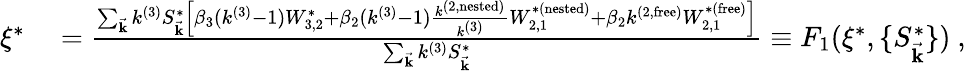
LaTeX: \begin{array}{rl}{\xi^{*}}&{{}=\frac{\sum_{\vec{\mathbf{k}}}k^{(3)}S_{\vec{\mathbf{k}}}^{*}\left[\beta_{3}(k^{(3)}-1)W_{3,2}^{*}+\beta_{2}(k^{(3)}-1)\frac{k^{(2,\mathrm{nested})}}{k^{(3)}}W_{2,1}^{*(\mathrm{nested})}+\beta_{2}k^{(2,\mathrm{free})}W_{2,1}^{*(\mathrm{free})}\right]}{\sum_{\vec{\mathbf{k}}}k^{(3)}S_{\vec{\mathbf{k}}}^{*}}\equiv F_{1}(\xi^{*},\{ S_{\vec{\mathbf{k}}}^{*}\} )~,}\end{array}